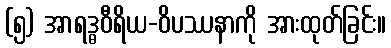
(၅) အာရဒ္ဓဝီရိယ-ဝိပဿနာကို အားထုတ်ခြင်း။